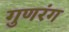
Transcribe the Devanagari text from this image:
गुणरंग